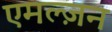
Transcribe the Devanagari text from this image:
एमल्ज़न